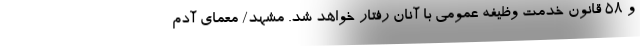
و ۵۸ قانون خدمت وظیفه عمومی با آنان رفتار خواهد شد. مشهد/ معمای آدم